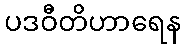
ပဒဝီတိဟာရေန